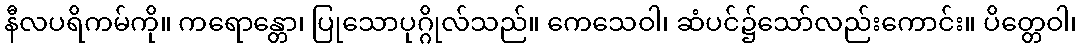
နီလပရိကမ်ကို။ ကရောန္တော၊ ပြုသောပုဂ္ဂိုလ်သည်။ ကေသေဝါ၊ ဆံပင်၌သော်လည်းကောင်း။ ပိတ္တေဝါ၊